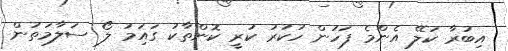
އިބުރާ ކަލޭ އެންމެ ފަހުން ހުކުރު ކުރީ ކޮންތާކު ގައަިމު ލޯ ސަލާމަތުން